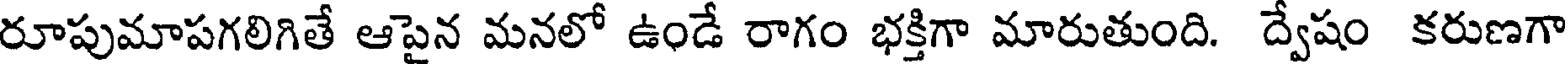
రూపుమాపగలిగితే ఆపైన మనలో ఉండే రాగం భక్తిగా మారుతుంది. ద్వేషం కరుణగా